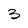
Character: 3